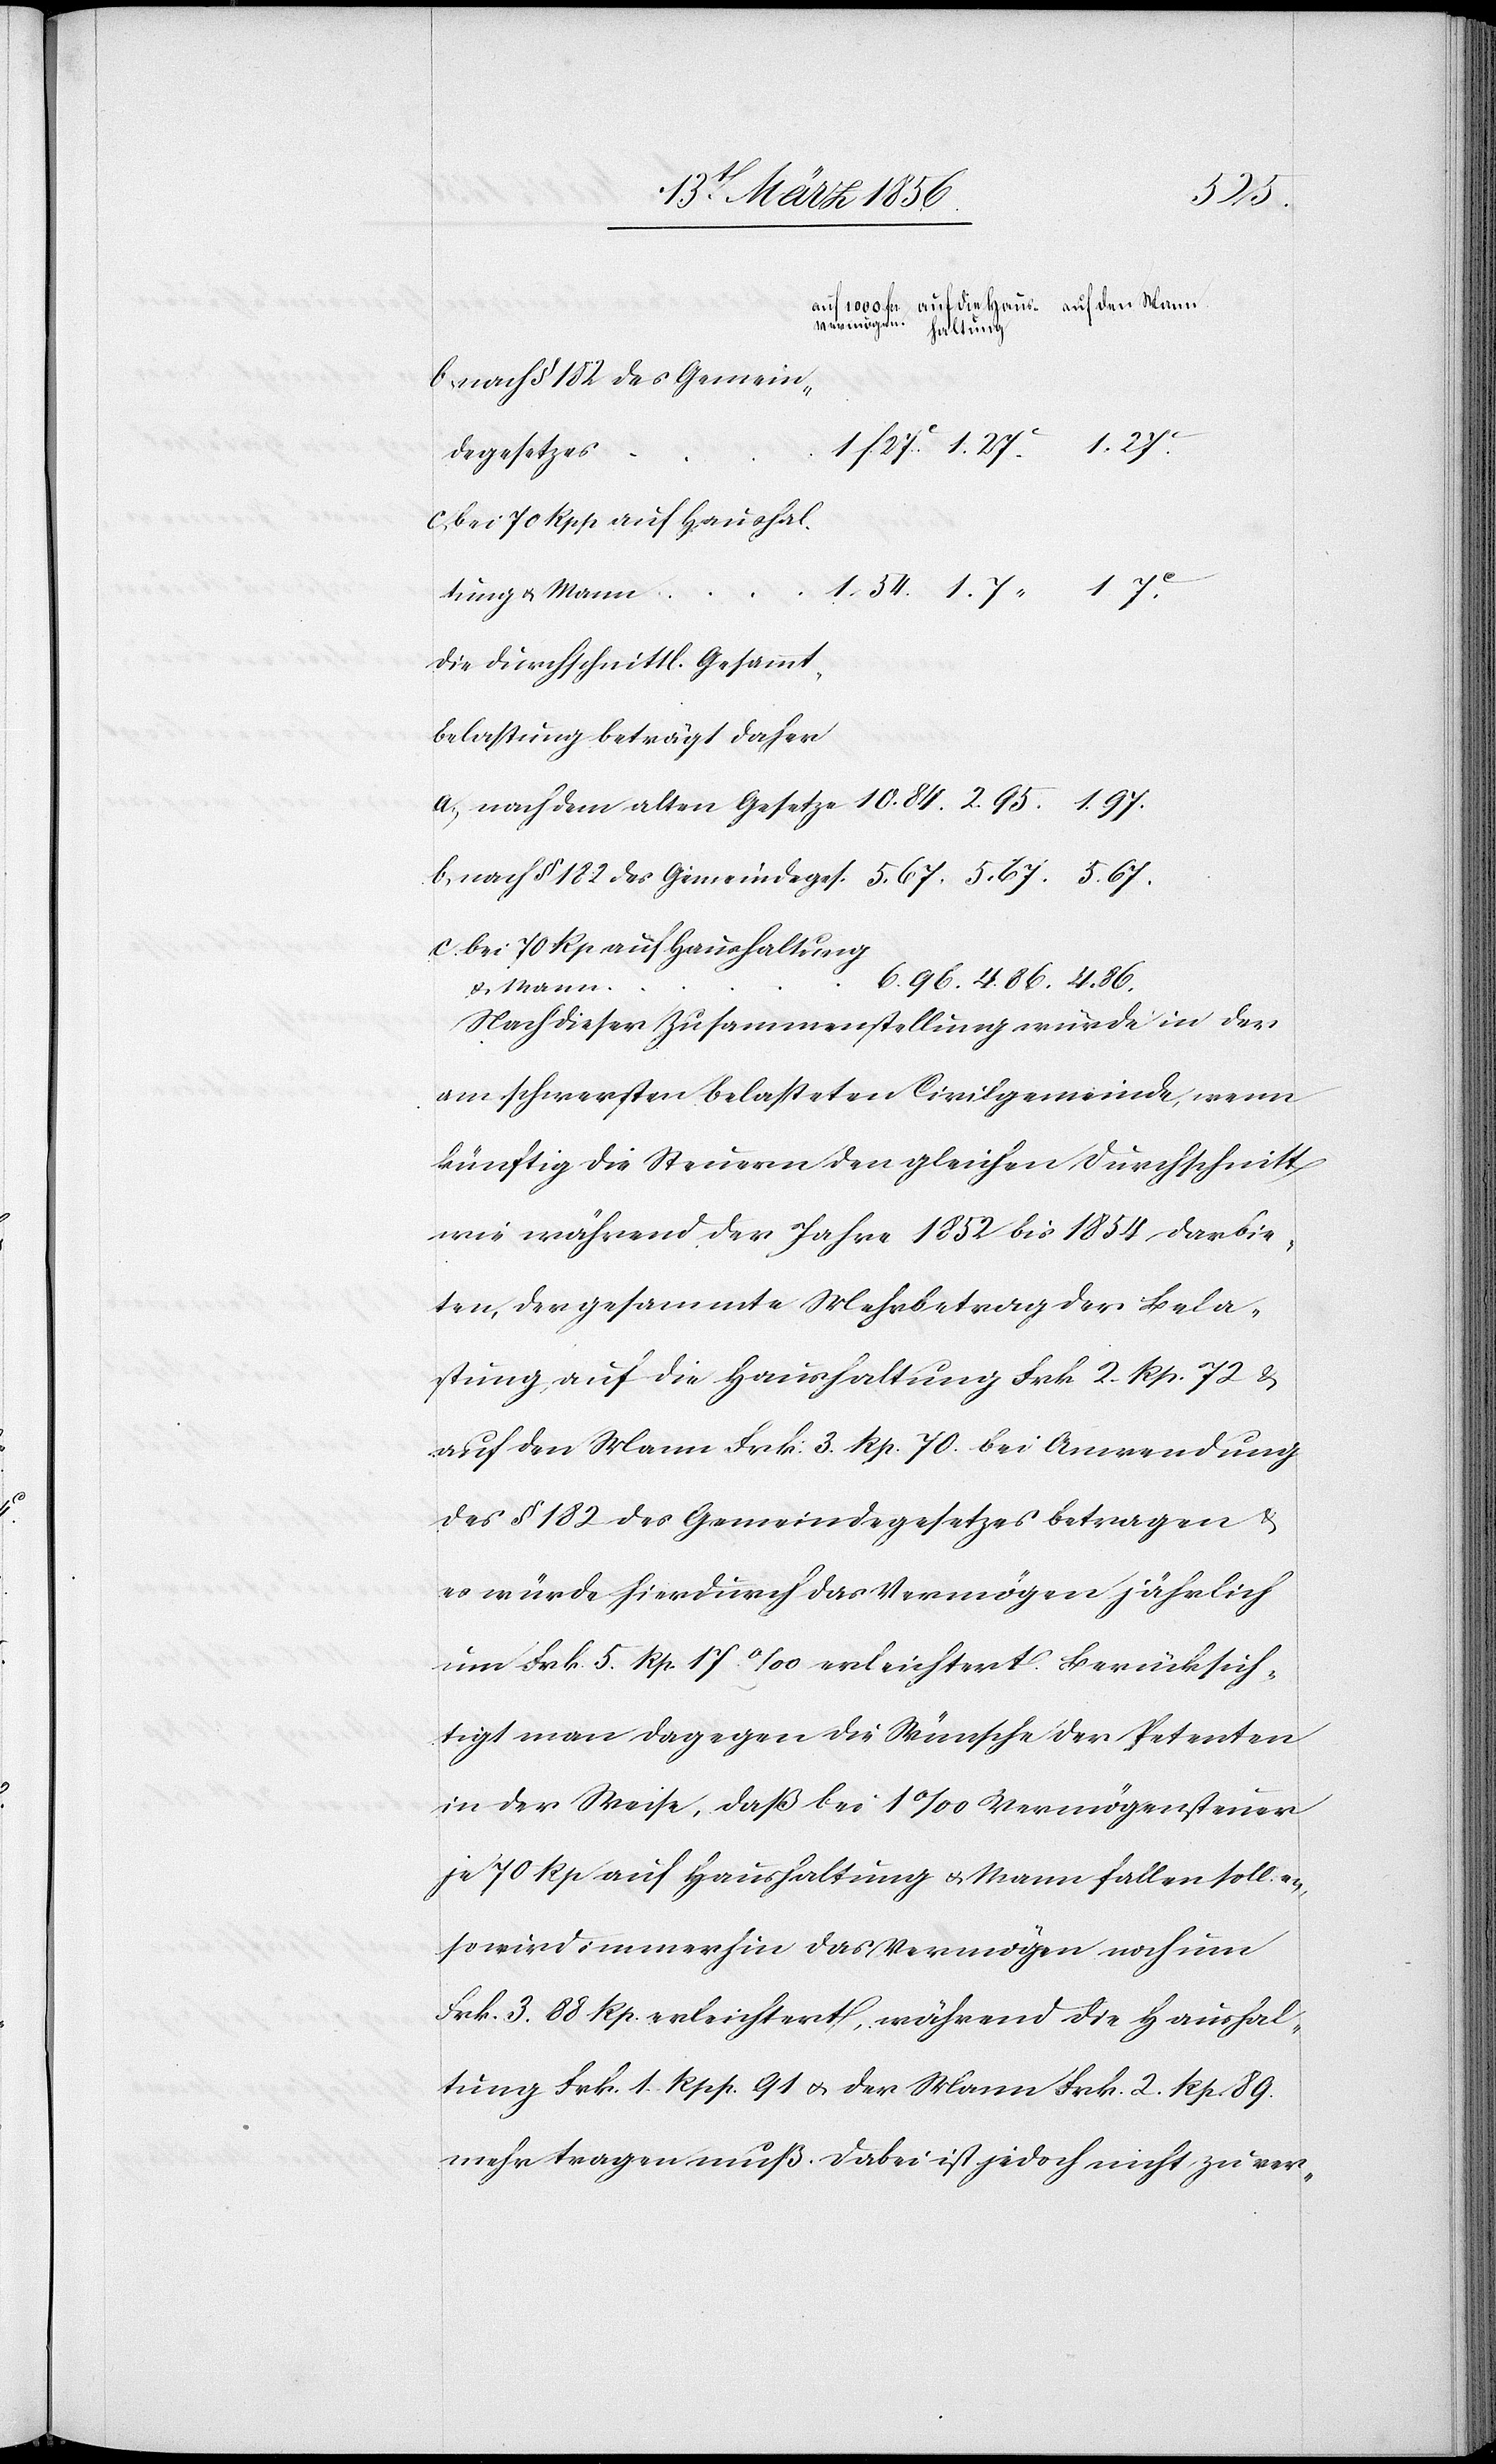
4. 86.
nach § 182 des Gemeinde¬
degesetzes
bei 70 Rpp auf Haushal¬
tung u. Mann
belastung beträgt daher
bei 70 Rp auf Haushaltung
Nach dieser Zusammenstellung würde in der
am schwersten belasteten Civilgemeinde, wenn
künftig die Steuern den gleichen Durchschnitt
wie während der Jahre 1852 bis 1854 darbie¬
ten, der gesammte Mehrbetrag der Bela¬
stung auf die Haushaltung Frk 2. Rp. 72 &
auf den Mann Frk. 3. Rp. 70. bei Anwendung
des § 182 des Gemeindegesetzes betragen &
es würde hierdurch das Vermögen jährlich
um Frk. 5. Rp. 17 ‰ erleichtert. Berücksich¬
tigt man dagegen die Wünsche der Petenten
in der Weise, daß bei 1‰ Vermögensteuer
je 70 Rp auf Haushaltung u. Mann fallen sollen,
so wird immerhin das Vermögen noch um
Frk. 3. 88 Rp. erleichtert, während die Haushal¬
tung Frk. 1. Rpp. 91 u. der Mann Frk. 2. Rp. 89.
mehr tragen muß. Dabei ist jedoch nicht zu ver-